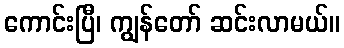
ကောင်းပြီ၊ ကျွန်တော် ဆင်းလာမယ်။